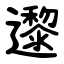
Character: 邌